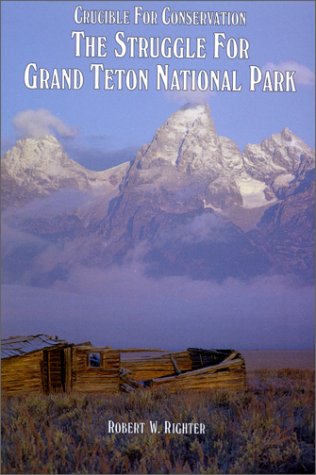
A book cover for Crucible for Conservation : The Struggle for Grand Teton National Park; Robert W. Righter; Travel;